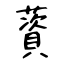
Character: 薋